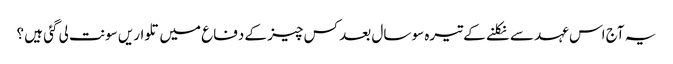
یہ آج اس عہد سے نکلنے کے تیرہ سو سال بعد کس چیز کے دفاع میں تلواریں سونت لی گئی ہیں ؟